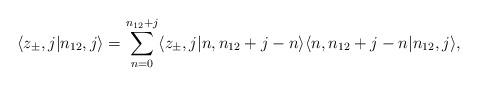
LaTeX: \begin{align*} \langle z_\pm,j| n_{12},j\rangle = \displaystyle\sum\limits_{n=0}^{n_{12}+j}\langle z_\pm,j|n,n_{12}+j-n\rangle\langle n,n_{12}+j-n| n_{12},j\rangle,\end{align*}